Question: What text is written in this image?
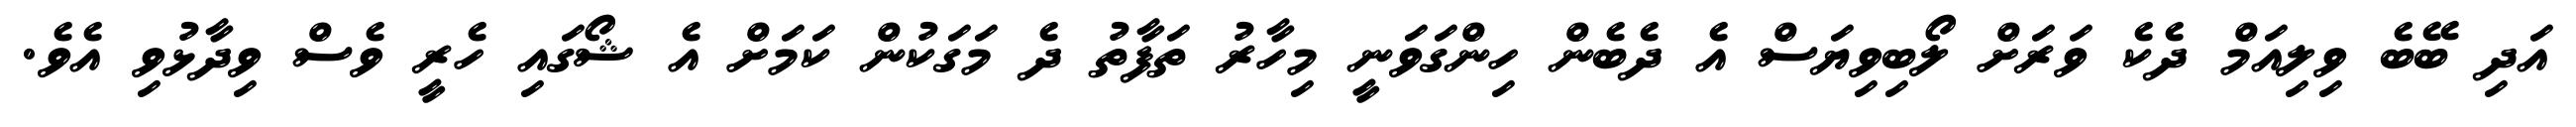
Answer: އަދި ބޭބެ ވިލިއަމް ދެކެ ވަރަށް ލޯބިވިޔަސް އެ ދެބެން ހިންގަވަނީ މިހާރު ތަފާތު ދެ މަގަކުން ކަމަށް އެ ޝޯގައި ހެރީ ވެސް ވިދާޅުވި އެވެ.